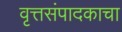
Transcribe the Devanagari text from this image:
वृत्तसंपादकाचा